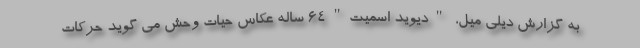
به گزارش دیلی میل، "دیوید اسمیت"۶۴ ساله عکاس حیات وحش می گوید حرکات